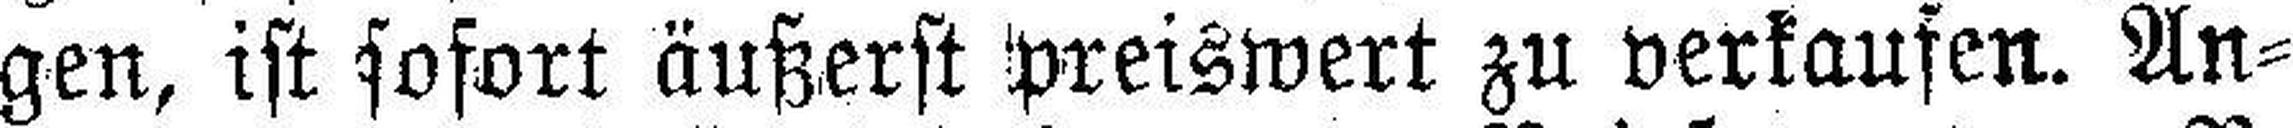
gen, ist sofort äußerst preiswert zu verkaufen. An¬